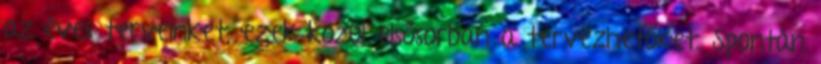
az éves terveinket, ezek közül elsősorban a tervezhetőket. Spontán